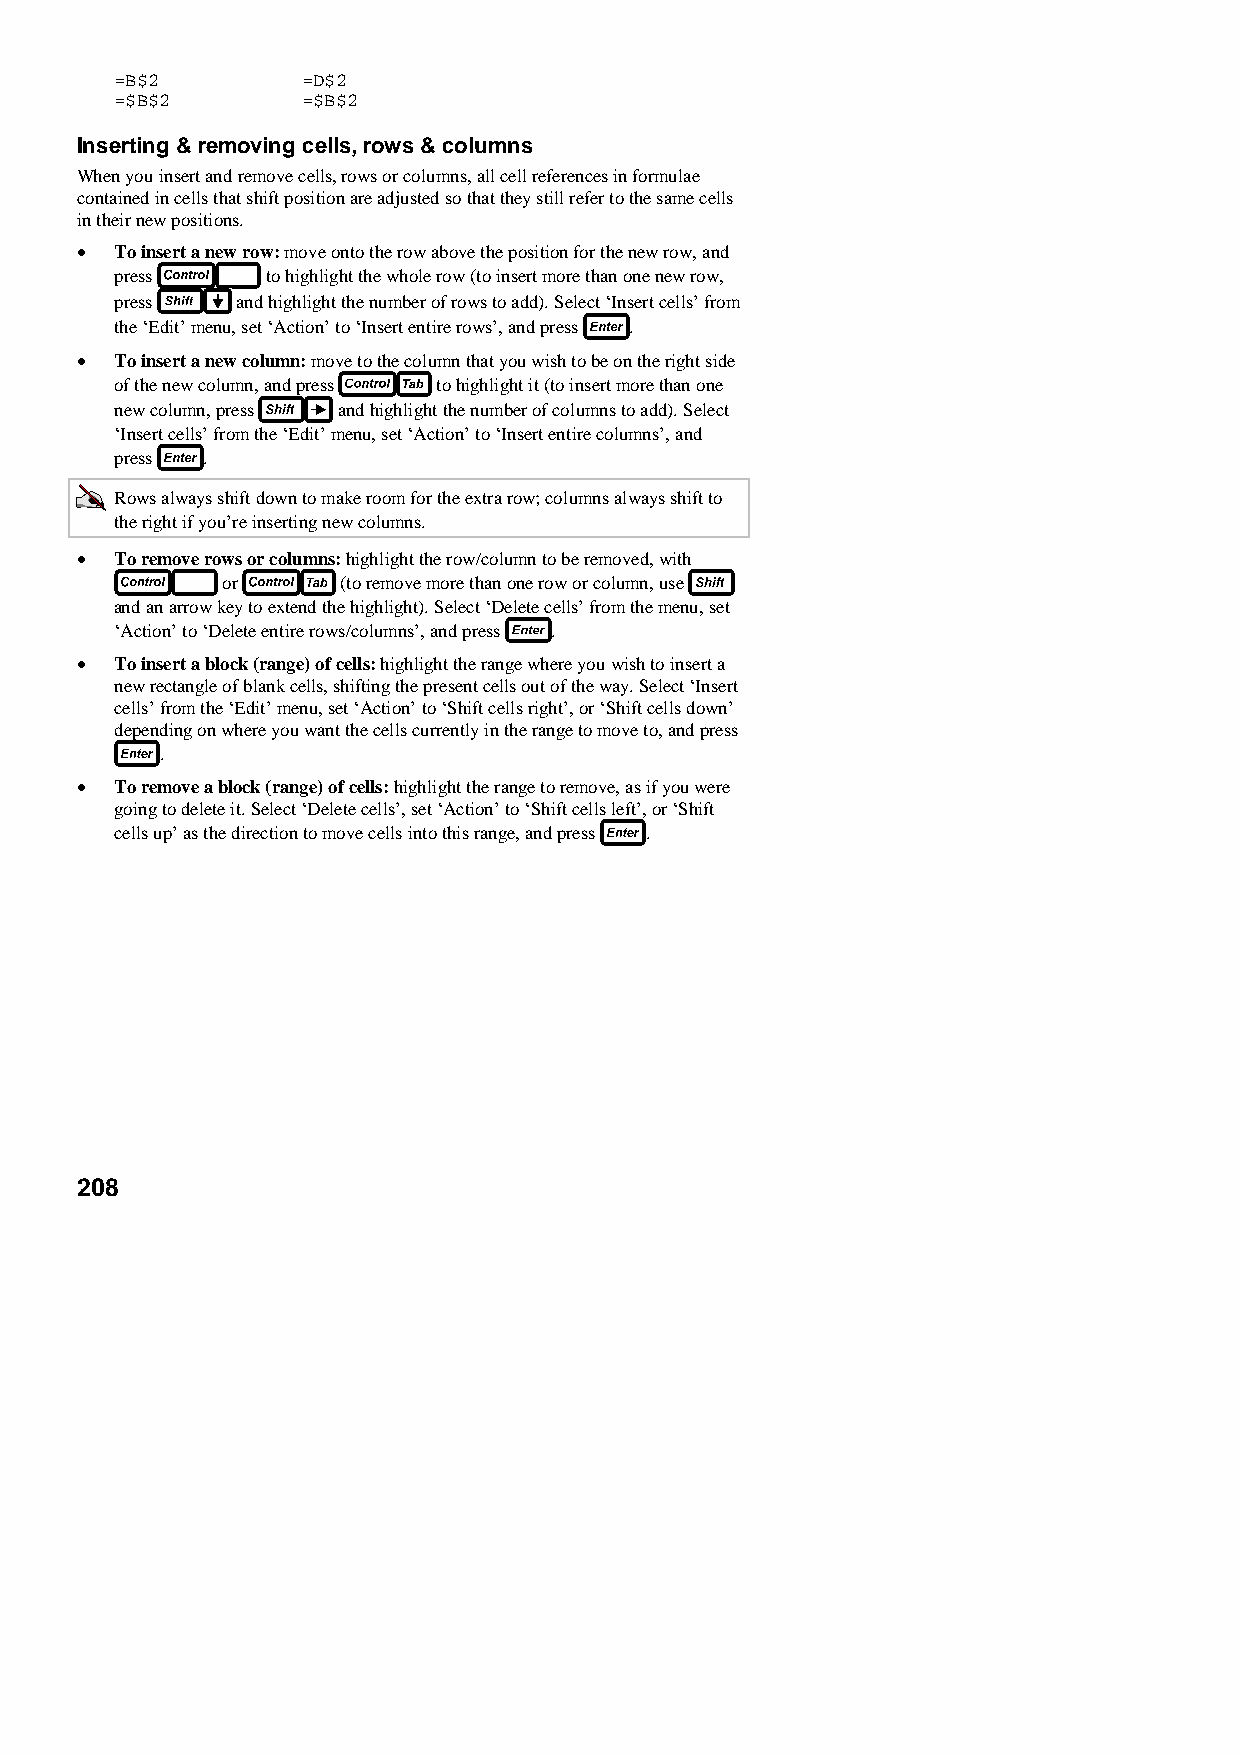
=B$2        =D$2
 =$B$2       =$B$2
 Inserting & removing cells, rows & columns
 When you insert and remove cells, rows or columns, all cell references in formulae
 contained in cells that shift position are adjusted so that they still refer to the same cells
 in their new positions.
 •  To insert a new row: move onto the row above the position for the new row, and
 press     to highlight the whole row (to insert more than one new row,
 press   and highlight the number of rows to add). Select ‘Insert cells’ from
 the ‘Edit’ menu, set ‘Action’ to ‘Insert entire rows’, and press .
 •  To insert a new column: move to the column that you wish to be on the right side
 of the new column, and press to highlight it (to insert more than one
 new column, press and highlight the number of columns to add). Select
 ‘Insert cells’ from the ‘Edit’ menu, set ‘Action’ to ‘Insert entire columns’, and
 press .
 Rows always shift down to make room for the extra row; columns always shift to
 the right if you’re inserting new columns.
 •  To remove rows or columns: highlight the row/column to be removed, with
 or      (to remove more than one row or column, use
 and an arrow key to extend the highlight). Select ‘Delete cells’ from the menu, set
 ‘Action’ to ‘Delete entire rows/columns’, and press .
 •  To insert a block (range) of cells: highlight the range where you wish to insert a
 new rectangle of blank cells, shifting the present cells out of the way. Select ‘Insert
 cells’ from the ‘Edit’ menu, set ‘Action’ to ‘Shift cells right’, or ‘Shift cells down’
 depending on where you want the cells currently in the range to move to, and press
 .
 •  To remove a block (range) of cells: highlight the range to remove, as if you were
 going to delete it. Select ‘Delete cells’, set ‘Action’ to ‘Shift cells left’, or ‘Shift
 cells up’ as the direction to move cells into this range, and press .
 208